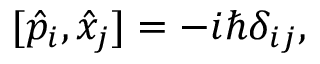
[ { \hat { p } } _ { i } , { \hat { x } } _ { j } ] = - i \hbar \delta _ { i j } ,